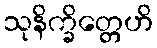
သုနိက္ခိတ္တေဟိ